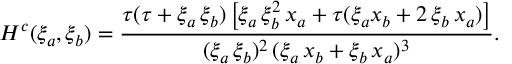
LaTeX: H ^ { c } ( \xi _ { a } , \xi _ { b } ) = \frac { \tau ( \tau + \xi _ { a } \, \xi _ { b } ) \left[ \xi _ { a } \, \xi _ { b } ^ { 2 } \, x _ { a } + \tau ( \xi _ { a } x _ { b } + 2 \, \xi _ { b } \, x _ { a } ) \right] } { ( \xi _ { a } \, \xi _ { b } ) ^ { 2 } \, ( \xi _ { a } \, x _ { b } + \xi _ { b } \, x _ { a } ) ^ { 3 } } .